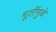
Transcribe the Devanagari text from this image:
मूर्तीमुळे